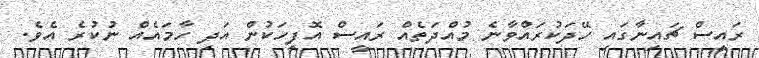
ރައީސް ޗައިނާގައި ހޭދަކުރައްވާނެ މުއްދަތެއް ރައީސް އޮފީހަކުން އަދި ހާމައެއް ނުކުރެ އެވެ.